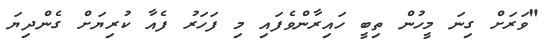
"ވަރަށް ގިނަ މީހުން ތިބީ ހައިރާންވެފައި މި ފަހަރު ފެއާ ކުރިޔަށް ގެންދިޔަ